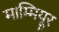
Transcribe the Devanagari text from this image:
माम्मियूर